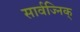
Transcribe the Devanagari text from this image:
सार्वज्निक्